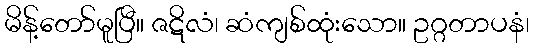
မိန့်တော်မူပြီ။ ဇဋိလံ၊ ဆံကျစ်ထုံးသော။ ဥဂ္ဂတာပနံ၊